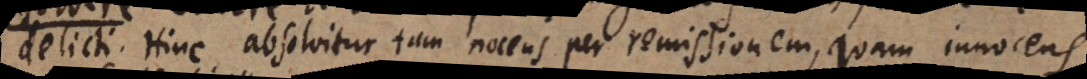
delicti. Hinc absolvitur tam nocens per remissionem, quam innocens